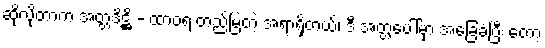
ဆိုလိုတာက အတ္တဒိဋ္ဌိ - ထာဝရ တည်မြဲတဲ့ အရာရှိတယ်၊ ဒီ အတ္တပေါ်မှာ အခြေခံပြီး တော့